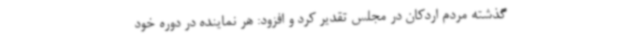
گذشته مردم اردکان در مجلس تقدیر کرد و افزود: هر نماینده در دوره خود